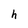
Character: h